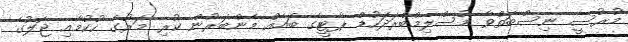
މުރުސީ ނިސްބަތްވާ މުސްލިމްބްރަދަހުޑް ޕާޓީގެ ބައެއް މެންބަރުން ކުރި މަރުގެ ހުކުމާއި ޖަލުގެ